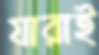
যারাই